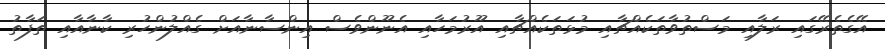
އޭގެތެރޭގައި ރަލާއި މަސްތުވާތަކެއްޗާއި މުޅަތަކެއްޗާއި އޫރުމަހާއި އެނޫންވެސް އިންސާނާއަށް ގެއްލުންހުރި ކާނާއާއި ތަފާތު